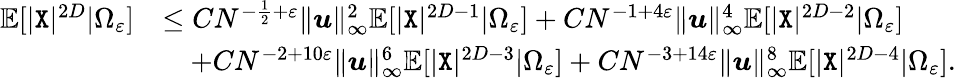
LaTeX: \begin{array}{rl}{\mathbb{E}[|{\texttt X}|^{2D}|\Omega_{\varepsilon}]}&{\leq CN^{-\frac{1}{2}+\varepsilon}\| {\boldsymbol u}\| _{\infty}^{2}\mathbb{E}[|{\texttt X}|^{2D-1}|\Omega_{\varepsilon}]+CN^{-1+4\varepsilon}\| {\boldsymbol u}\| _{\infty}^{4}\mathbb{E}[|{\texttt X}|^{2D-2}|\Omega_{\varepsilon}]}\\ &{\quad+CN^{-2+10\varepsilon}\| {\boldsymbol u}\| _{\infty}^{6}\mathbb{E}[|{\texttt X}|^{2D-3}|\Omega_{\varepsilon}]+CN^{-3+14\varepsilon}\| {\boldsymbol u}\| _{\infty}^{8}\mathbb{E}[|{\texttt X}|^{2D-4}|\Omega_{\varepsilon}].}\end{array}